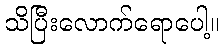
သိပြီးလောက်ရောပေါ့။